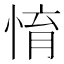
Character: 㥔